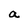
Character: a